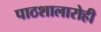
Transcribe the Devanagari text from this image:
पाठशालारोही